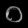
Digit: ၀